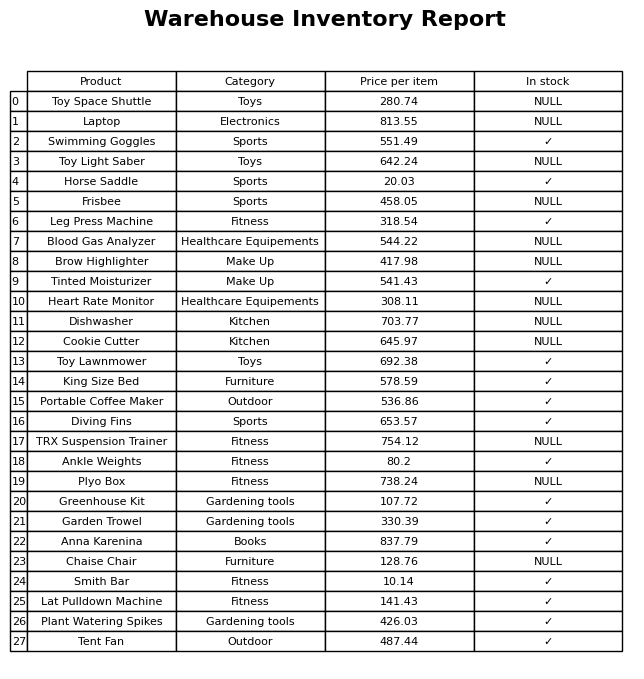
question: What is the price for Frisbee?
answer: The price of Frisbee is 458.05.